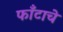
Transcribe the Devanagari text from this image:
फाँटाचे